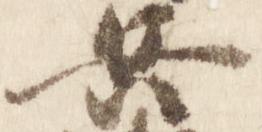
兵